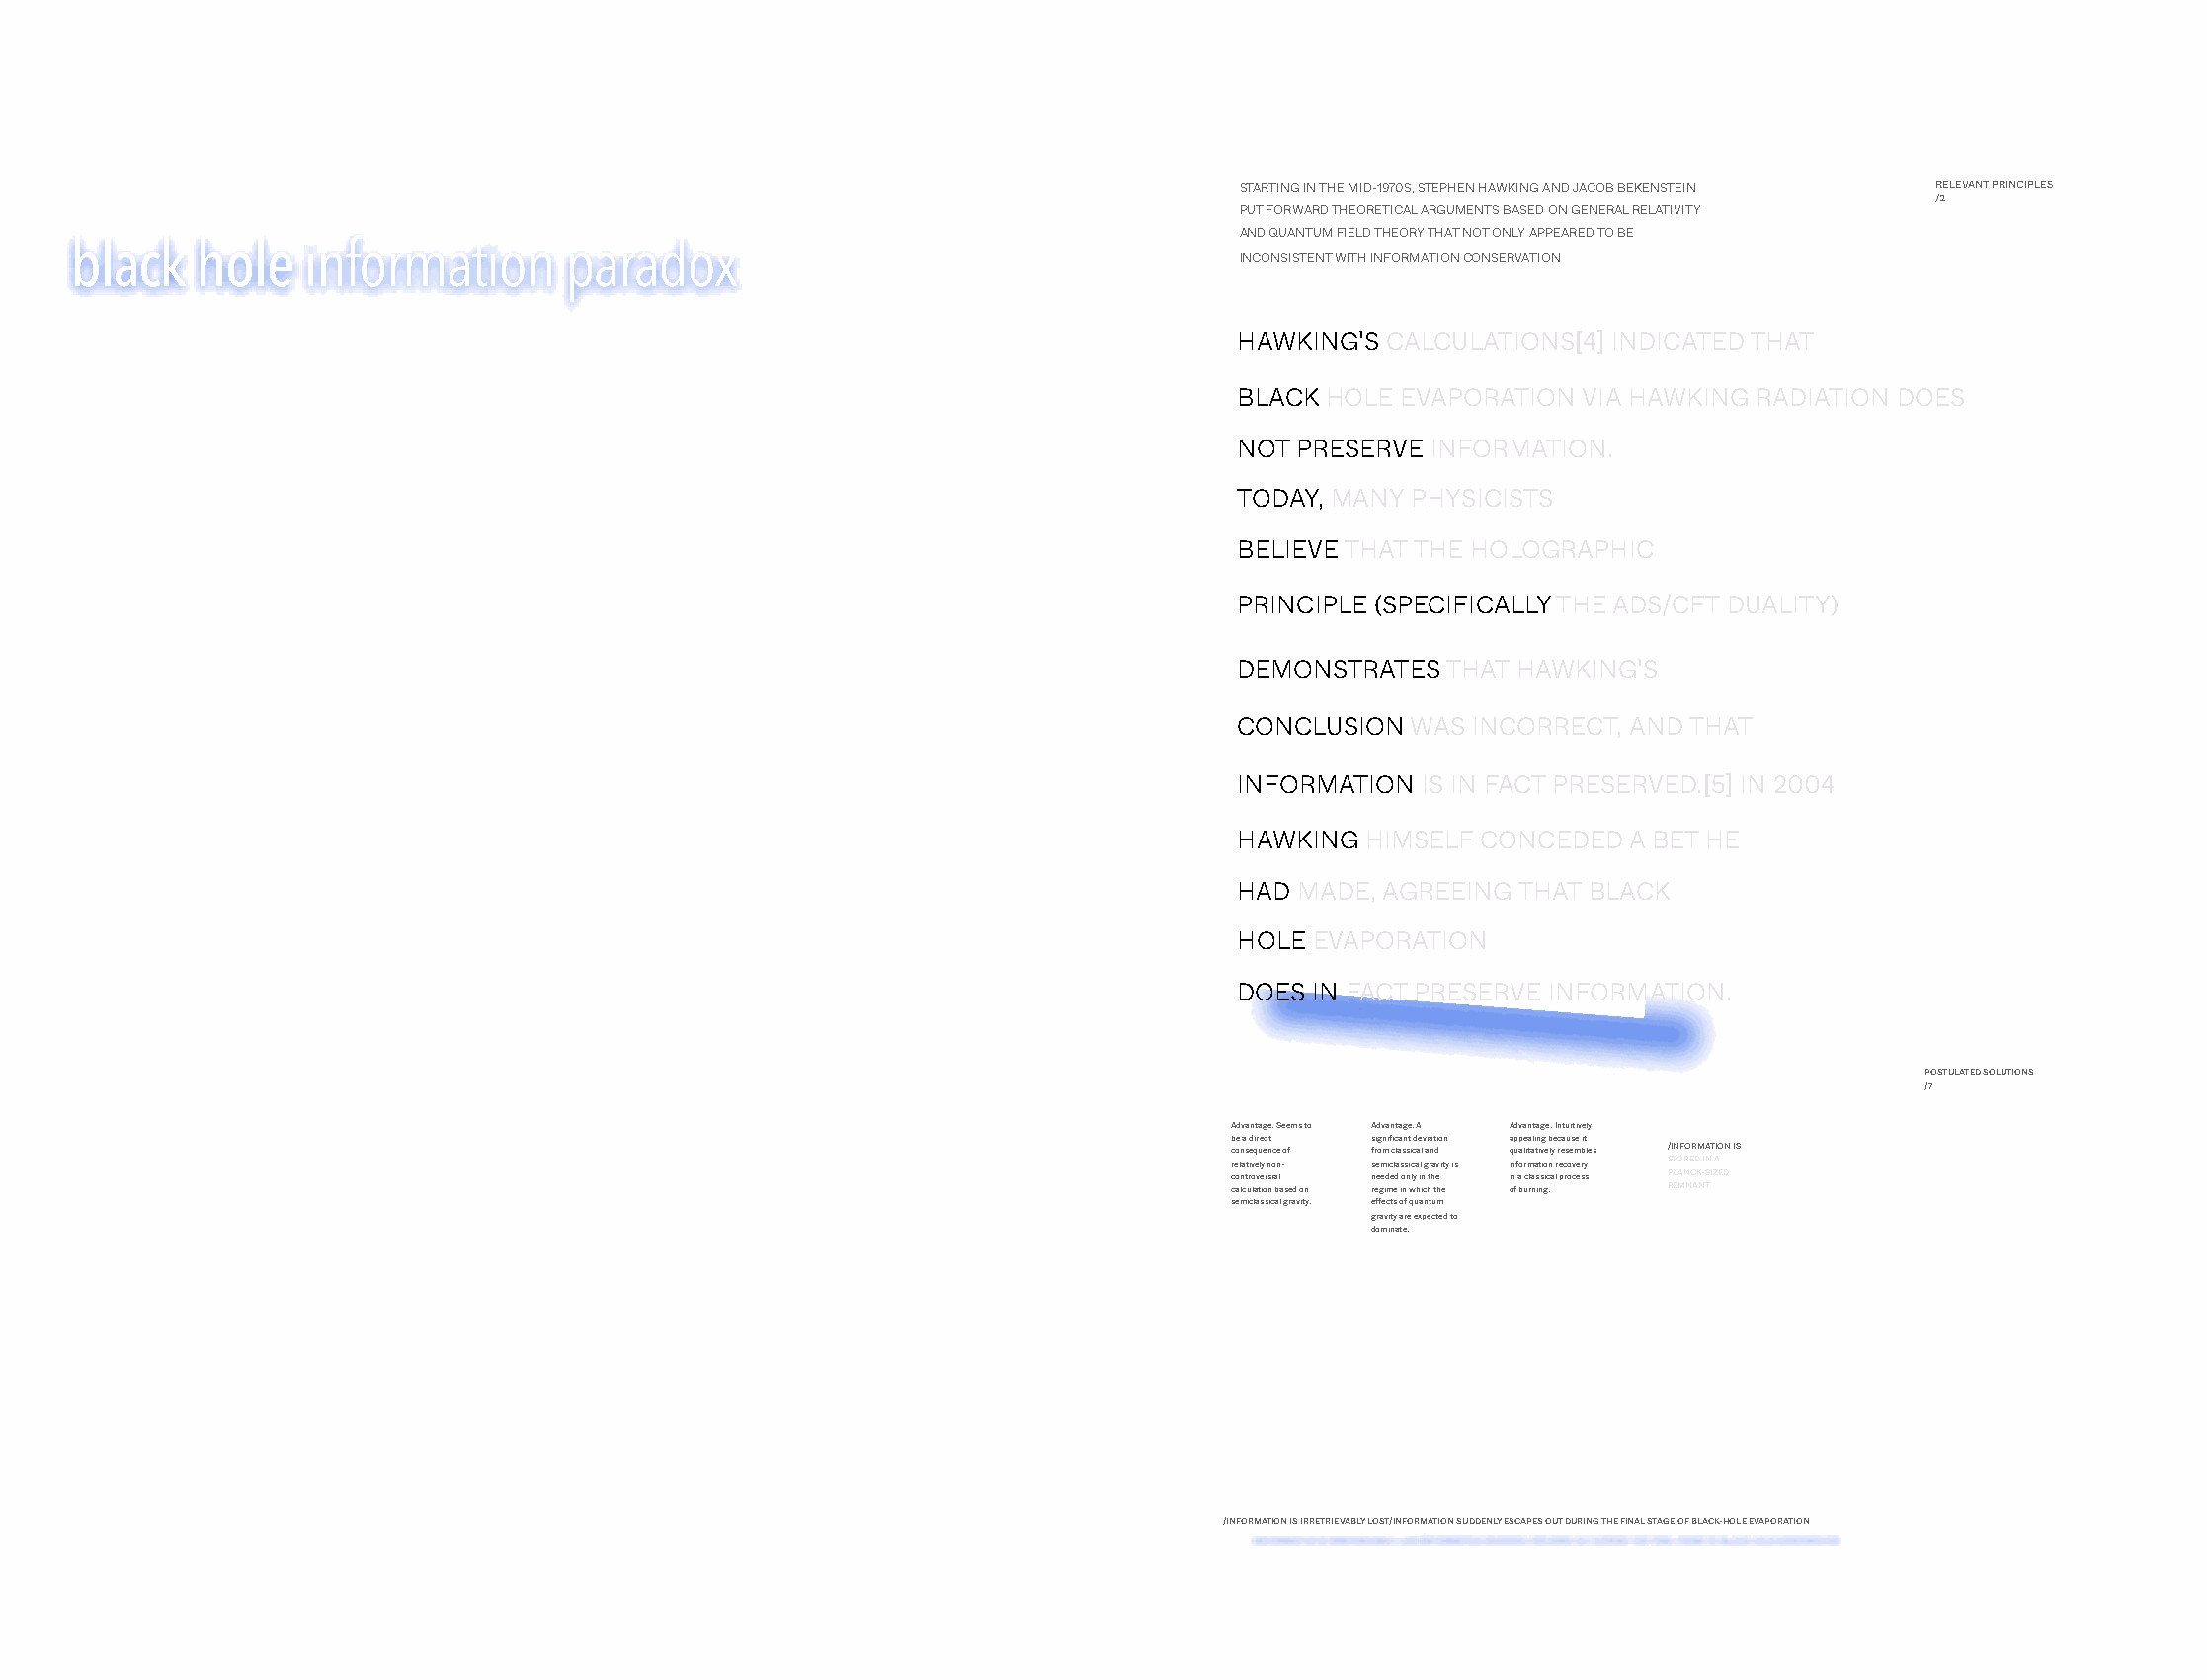
STARTING IN THE MID-1970S, STEPHEN HAWKING AND JACOB BEKENSTEIN RELEVANT PRINCIPLES
 /2
 PUT FORWARD THEORETICAL ARGUMENTS BASED ON GENERAL RELATIVITY
 AND QUANTUM FIELD THEORY THAT NOT ONLY APPEARED TO BE
 black   hole   information       paradox
 INCONSISTENT WITH INFORMATION CONSERVATION
 HAWKING'S CALCULATIONS[4] INDICATED THAT
 BLACK HOLE EVAPORATION VIA HAWKING RADIATION DOES
 NOT PRESERVE INFORMATION.
 TODAY, MANY PHYSICISTS
 BELIEVE THAT THE HOLOGRAPHIC
 PRINCIPLE (SPECIFICALLY THE ADS/CFT DUALITY)
 DEMONSTRATES  THAT HAWKING'S
 CONCLUSION  WAS INCORRECT, AND THAT
 INFORMATION IS IN FACT PRESERVED.[5] IN 2004
 HAWKING HIMSELF CONCEDED  A BET HE
 HAD MADE, AGREEING THAT BLACK
 HOLE EVAPORATION
 DOES IN FACT PRESERVE INFORMATION.
 POSTULATED SOLUTIONS
 /7
 Advantage: Seems to Advantage: A Advantage: Intuitively
 be a direct significant deviation appealing because it
 consequence of from classical and qualitatively resembles /INFORMATION IS
 relatively non- semiclassical gravity is information recovery STORED IN A
 controversial needed only in the in a classical process PLANCK-SIZED
 calculation based on regime in which the of burning. REMNANT
 semiclassical gravity. effects of quantum
 gravity are expected to
 dominate.
 /INFORMATION IS IRRETRIEVABLY LOST/INFORMATION SUDDENLY ESCAPES OUT DURING THE FINAL STAGE OF BLACK-HOLE EVAPORATION